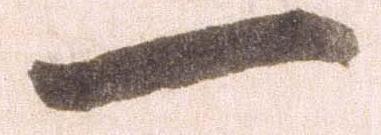
一